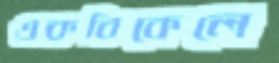
একবিকেলে